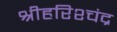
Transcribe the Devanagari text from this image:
श्रीहरिश्चंद्र